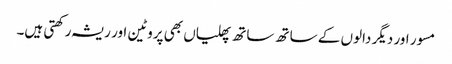
مسور اور دیگر دالوں کے ساتھ ساتھ پھلیاں بھی پروٹین اور ریشہ رکھتی ہیں۔